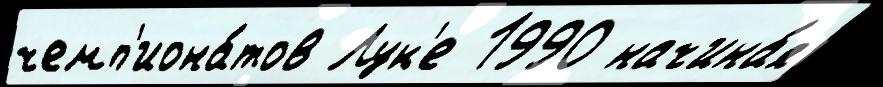
чемп'иона́тов Лук'е 1990 начина́я